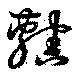
轄